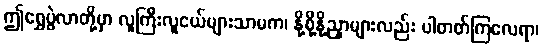
ဤရွှေပွဲလာတို့မှာ လူကြီးလူငယ်များသာမက၊ နို့စို့နို့ညှာများလည်း ပါတတ်ကြလေရာ၊